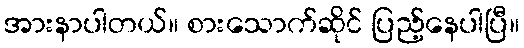
အားနာပါတယ်။ စားသောက်ဆိုင် ပြည့်နေပါပြီ။